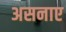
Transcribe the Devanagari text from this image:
असनाए